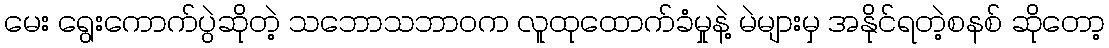
မေး ရွေးကောက်ပွဲဆိုတဲ့ သဘောသဘာဝက လူထုထောက်ခံမှုနဲ့ မဲများမှ အနိုင်ရတဲ့စနစ် ဆိုတော့